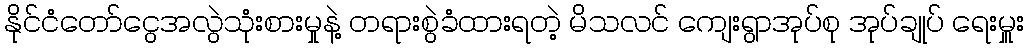
နိုင်ငံတော်ငွေအလွဲသုံးစားမှုနဲ့ တရားစွဲခံထားရတဲ့ မိသလင် ကျေးရွာအုပ်စု အုပ်ချုပ် ရေးမှူး